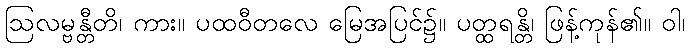
ဩလမ္ဗန္တီတိ၊ ကား။ ပထဝီတလေ မြေအပြင်၌။ ပတ္ထရန္တိ၊ ဖြန့်ကုန်၏။ ဝါ၊